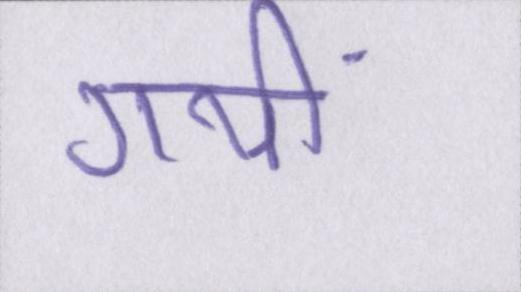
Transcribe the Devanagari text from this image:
गयीं